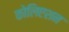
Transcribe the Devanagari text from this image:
कोलिएशन